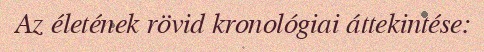
Az életének rövid kronológiai áttekintése: